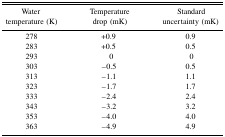
| Water temperature (K) | Temperature drop (mK) | Standard uncertainty (mK) |
 | --- | --- | --- |
 | 278 | +0.9 | 0.9 |
 | 283 | +0.5 | 0.5 |
 | 293 | 0 | 0 |
 | 303 | −0.5 | 0.5 |
 | 313 | −1.1 | 1.1 |
 | 323 | −1.7 | 1.7 |
 | 333 | −2.4 | 2.4 |
 | 343 | −3.2 | 3.2 |
 | 353 | −4.0 | 4.0 |
 | 363 | −4.9 | 4.9 |